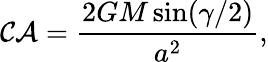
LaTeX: \mathcal{CA}=\frac{2GM\sin(\gamma/2)}{a^{2}},